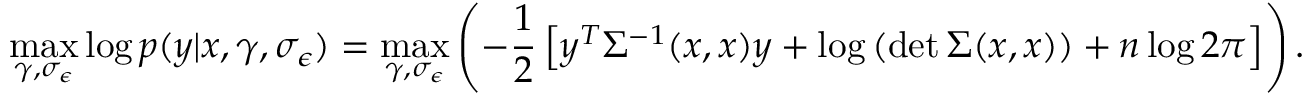
\operatorname* { m a x } _ { \gamma , \sigma _ { \epsilon } } \log p ( \boldsymbol { y } | \boldsymbol { x } , \gamma , \sigma _ { \epsilon } ) = \operatorname* { m a x } _ { \gamma , \sigma _ { \epsilon } } \left( - \frac { 1 } { 2 } \left[ \boldsymbol { y } ^ { T } \Sigma ^ { - 1 } ( \boldsymbol { x } , \boldsymbol { x } ) \boldsymbol { y } + \log \left( \operatorname* { d e t } \Sigma ( \boldsymbol { x } , \boldsymbol { x } ) \right) + n \log 2 \pi \right] \right) .